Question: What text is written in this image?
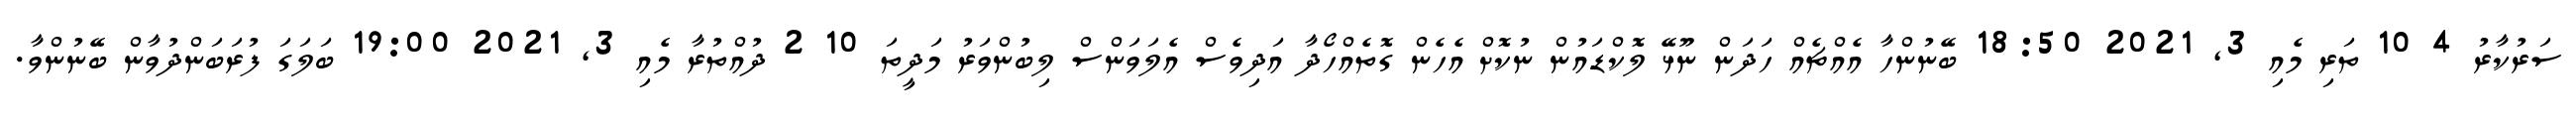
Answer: ސަރުކާރު 4 10 ތަރި މެއި 3, 2021 18:50 ބޭނުންހާ އެއްޗެއް ހަދަން ނޫޅޭ ލޮކްޑައުން ނުކޮށް އެހެން ގޮތެއްހޯދާ އަދިވެސް އެލަވަންސް ލިބުންވަރު މަދީތަ 10 2 ދުއްތުރާ މެއި 3, 2021 19:00 ބަލަގަ ފުރަބަންދުވާން ބޭނުންވާ.